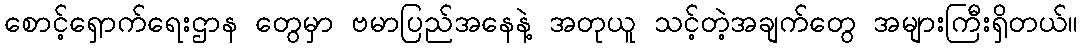
စောင့်ရှောက်ရေးဌာန တွေမှာ ဗမာပြည်အနေနဲ့ အတုယူ သင့်တဲ့အချက်တွေ အများကြီးရှိတယ်။